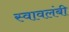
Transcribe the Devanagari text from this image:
स्‍वावलंबी